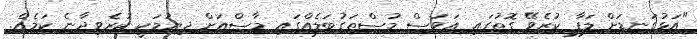
"އަޅުގަނޑަށް ލަފާ ކުރެވޭ ގޮތުގައި އަވަސް މުސްތަގުބަލެއްގައި މާސްއަށް ދިޔުމަކީ ކުރެވިދާނެ ކަމެއް.